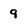
Character: 9